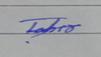
Signature authenticity: genuine